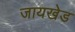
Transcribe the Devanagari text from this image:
जायखेड